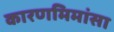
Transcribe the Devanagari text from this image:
कारणमिमांसा